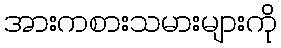
အားကစားသမားများကို